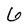
Character: 6